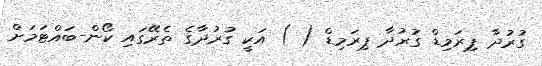
ގުރުދާ ޕިރަމިޑް ގުރުދާ ޕިރަމިޑް ( ) އަކީ ގުރުދާގެ ތެރޭގައި ކޯން-ބައްޓަމަށް